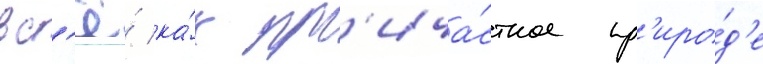
вс'ё́ ка́к пр'ича́стное пр'иро́д'е